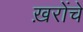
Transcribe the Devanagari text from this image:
ख़रोंचे